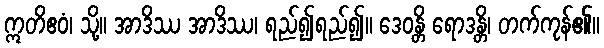
ဣတိဧဝံ၊ သို့။ အာဒိဿ အာဒိဿ၊ ရည်၍ရည်၍။ ဒေဝန္တိ ရောဒန္တိ၊ တက်ကုန်၏။